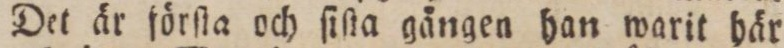
Det är förſta och ſiſta gången han warit här